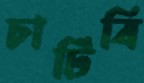
চাটিবি